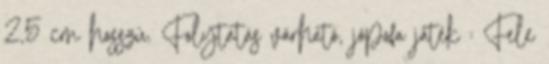
2,5 cm hosszú. Folytatás várható, jópofa játék : Fele